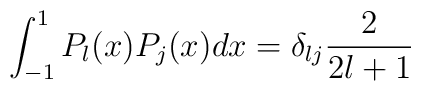
\int_{-1}^{1}P_{l}(x)P_{j}(x)dx=\delta_{lj}\frac{2}{2l+1}